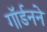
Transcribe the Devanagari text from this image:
गॉर्डनने